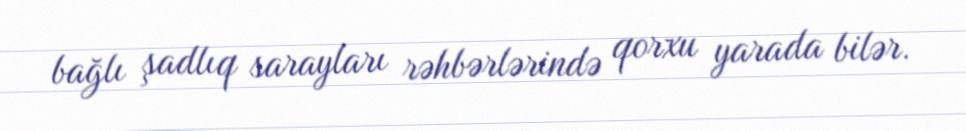
bağlı şadlıq sarayları rəhbərlərində qorxu yarada bilər.